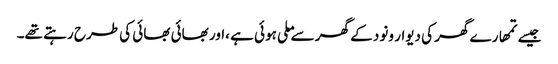
جیسے تمھارے گھر کی دیوار ونود کے گھر سے ملی ہوئی ہے ،اور بھائی بھائی کی طرح رہتے تھے۔